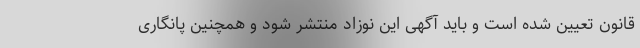
قانون تعیین شده است و باید آگهی این نوزاد منتشر شود و همچنین پانگاری